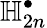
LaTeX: \mathbb{H}_{2n}^{\bullet}